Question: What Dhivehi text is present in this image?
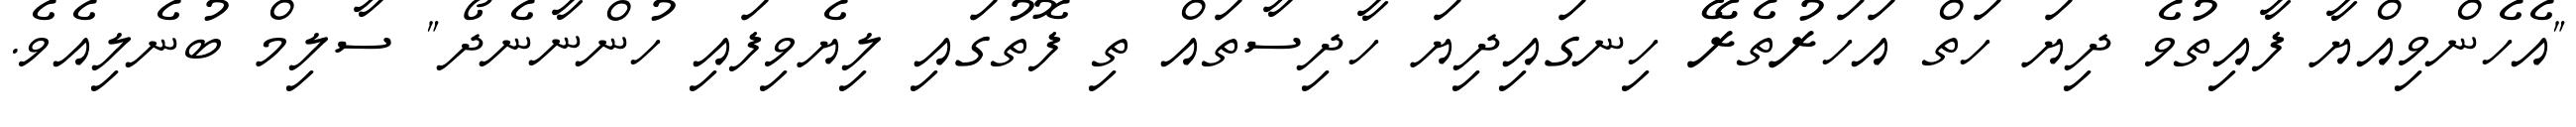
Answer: "އެހެންވިއްޔާ ފާއިތުވެ ދިޔަ ހަތް އަހަރުތެރޭ ހިނގައިދިޔަ ހާދިސާތައް ތި ފޮތުގައި ލިޔެވިފައި ހުންނާނެދޯ" ސާލިމް ބުނެލިއެވެ.